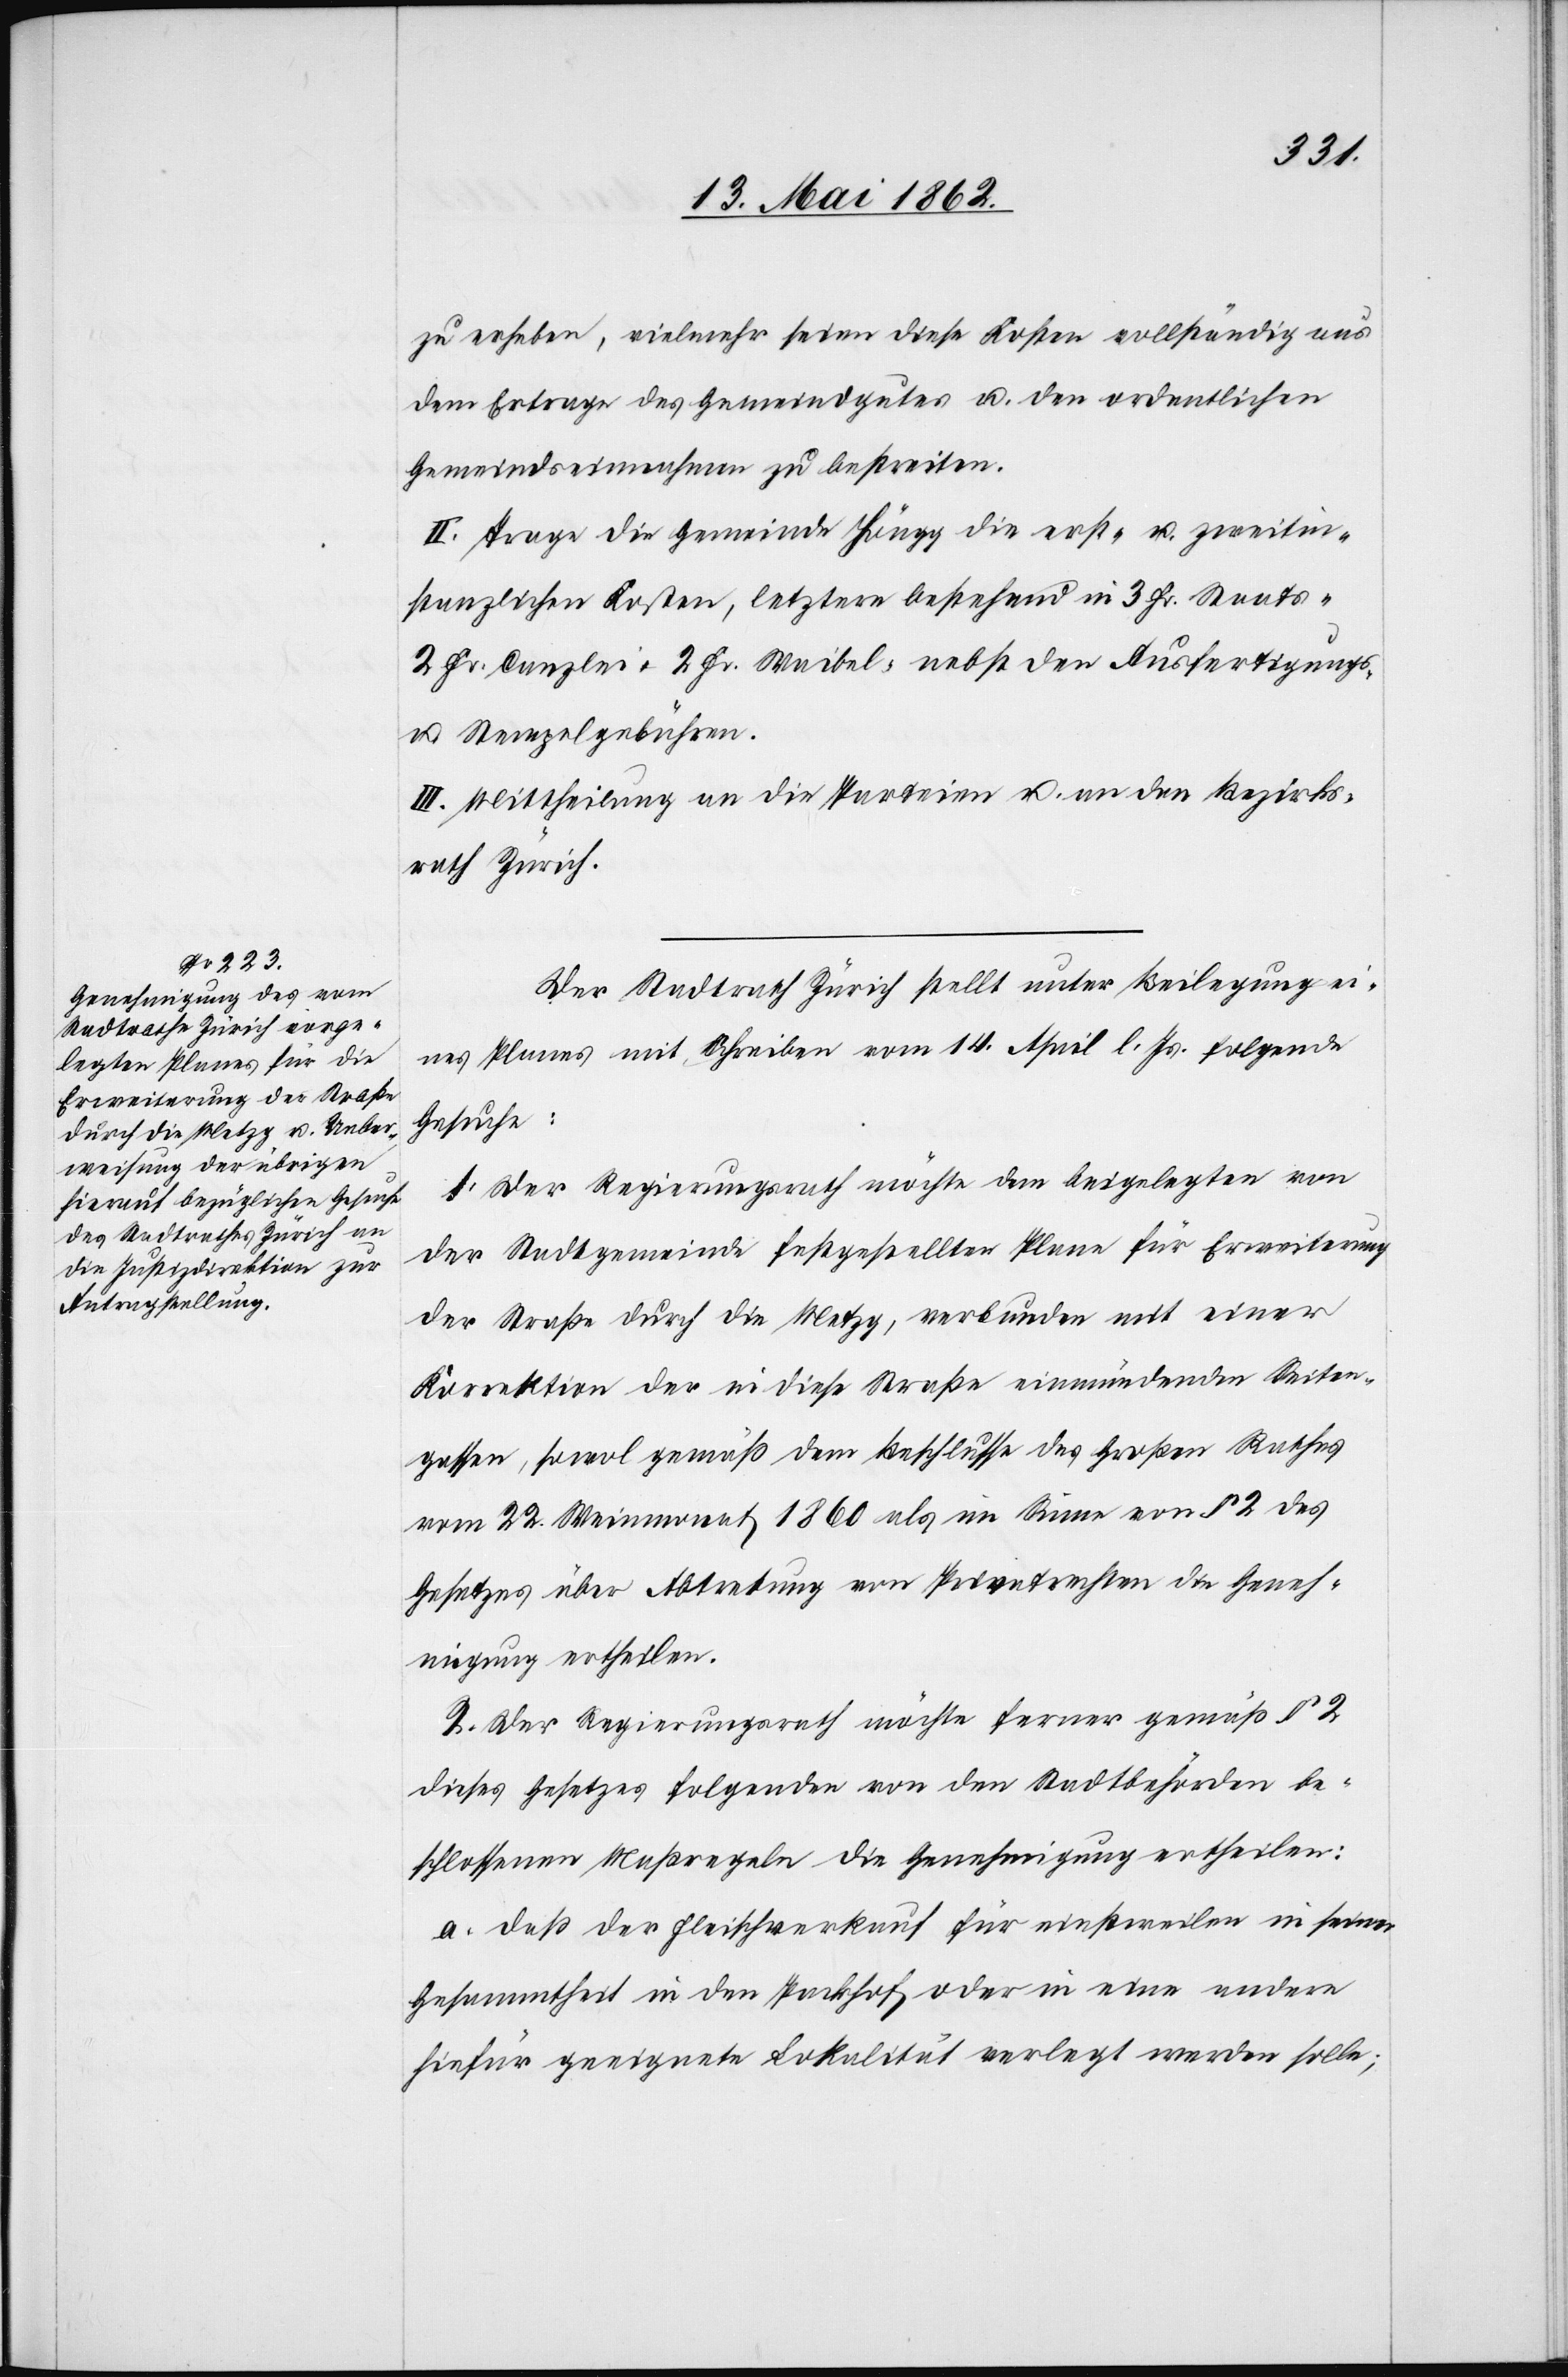
zu erheben, vielmehr seien diese Kosten vollständig aus
dem Ertrage des Gemeindgutes u. den ordentlichen
Gemeindseinahmen zu bestreiten.
II. Trage die Gemeinde Höngg die erst- u. zweitin¬
stanzlichen Kosten, letztere bestehend in 3 Fr. Staats-[,]
2 Fr. Canzlei-[,] 2 Fr. Waibel- nebst den Ausfertigungs-
u. Stempelgebühren.
III. Mittheilung an die Parteien u. an den Bezirks¬
rath Zürich.
Der Stadtrath Zürich stellt unter Beilegung ei¬
nes Planes mit Schreiben vom 14. April l. Js. folgende
Gesuche:
1. Der Regierungsrath möchte den beigelegten von
der Stadtgemeinde festgestellten Plane für Erweiterung
der Straße durch die Metzg, verbunden mit einer
Korrektion der in diese Straße einmündenden Seiten¬
gassen, sowol gemäß dem Beschlusse des Großen Rathes
vom 22. Weinmonat 1860 als im Sinne von § 2 des
Gesetzes über Abtretung von Privatrechten die Geneh¬
migung ertheilen.
2. Der Regierungsrath möchte ferner gemäß § 2
dieses Gesetzes folgenden von den Stadtbehörden be¬
schlossenen Maßregeln die Genehmigung ertheilen:
a. daß der Fleischverkauf für einstweilen in seiner
Gesammtheit in den Packhof oder in eine andere
hiefür geeignete Lokalität verlegt werden solle;